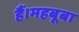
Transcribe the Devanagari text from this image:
हैं।महबूबा